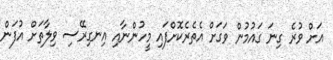
އަށް ވުރެ ގިނަ ގައުމުން ވަގަށް އެތެރެކޮށްފައި މީހުންނާއި އިނގިރޭސި ވިލާތަށް އުފަން